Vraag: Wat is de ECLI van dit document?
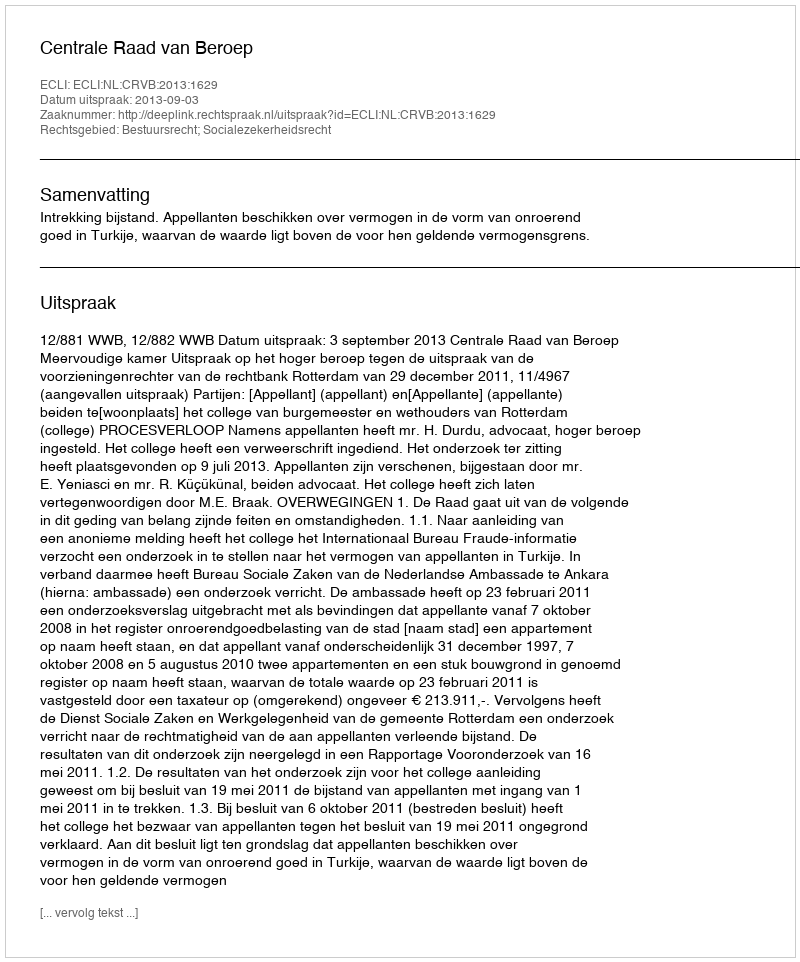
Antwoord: ECLI:NL:CRVB:2013:1629